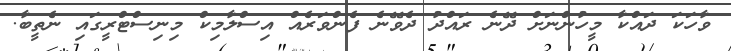
ވާހަކަ ދައްކާ މީހުންނަށް ދޭނެ ރައްދު ދެވޭނެ ފެންވަރެއް އިސްލާމިކް މިނިސްޓްރީގައި ނެތީބާ.